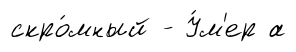
скро́мный - У́м'ер а